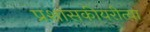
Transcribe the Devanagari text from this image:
प्रशासकीयरीत्या